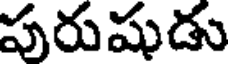
పురుషుడు